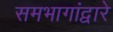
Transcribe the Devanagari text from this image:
समभागांद्वारे